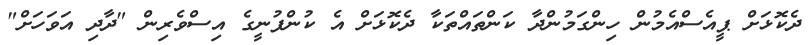
ދެކޮޅަށް ޕީއެސްއެމުން ހިންގަމުންދާ ކަންތައްތަކާ ދެކޮޅަށް އެ ކުންފުނީގެ އިސްވެރިން "ދާދި އަވަހަށް"